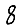
Digit: 8